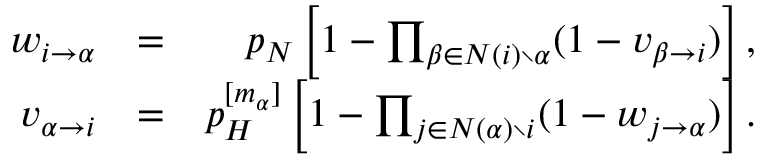
\begin{array} { r l r } { w _ { i \rightarrow \alpha } } & { = } & { p _ { N } \left[ 1 - \prod _ { \beta \in N ( i ) \setminus \alpha } ( 1 - v _ { \beta \rightarrow i } ) \right] , } \\ { v _ { \alpha \rightarrow i } } & { = } & { p _ { H } ^ { [ m _ { \alpha } ] } \left[ 1 - \prod _ { j \in N ( \alpha ) \setminus i } ( 1 - w _ { j \rightarrow \alpha } ) \right] . } \end{array}